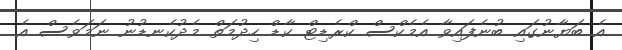
އެ ބަޔާނުގައި ބުނެފައިވާ އެމެކްސް ކްރެޑިޓް ކާޑް ހިދުމަތް މެދުކެނޑުނު ނަމަވެސް އެ